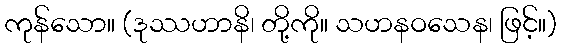
ကုန်သော။ (ဒုဿဟာနိ၊ တို့ကို။ သဟနဝသေန၊ ဖြင့်။)